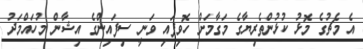
އެ މެޗުގެ މޮޅު ކުޅުންތެރިޔާގެ މަގާމަށް ހޮވިފައި ވަނީ ސިފައިންގެ އިޝާން މުހައްމަދު